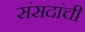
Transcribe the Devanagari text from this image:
संसदांची